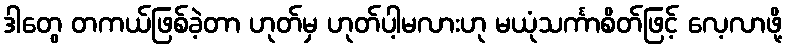
ဒါတွေ တကယ်ဖြစ်ခဲ့တာ ဟုတ်မှ ဟုတ်ပါ့မလားဟု မယုံသင်္ကာစိတ်ဖြင့် လေ့လာဖို့